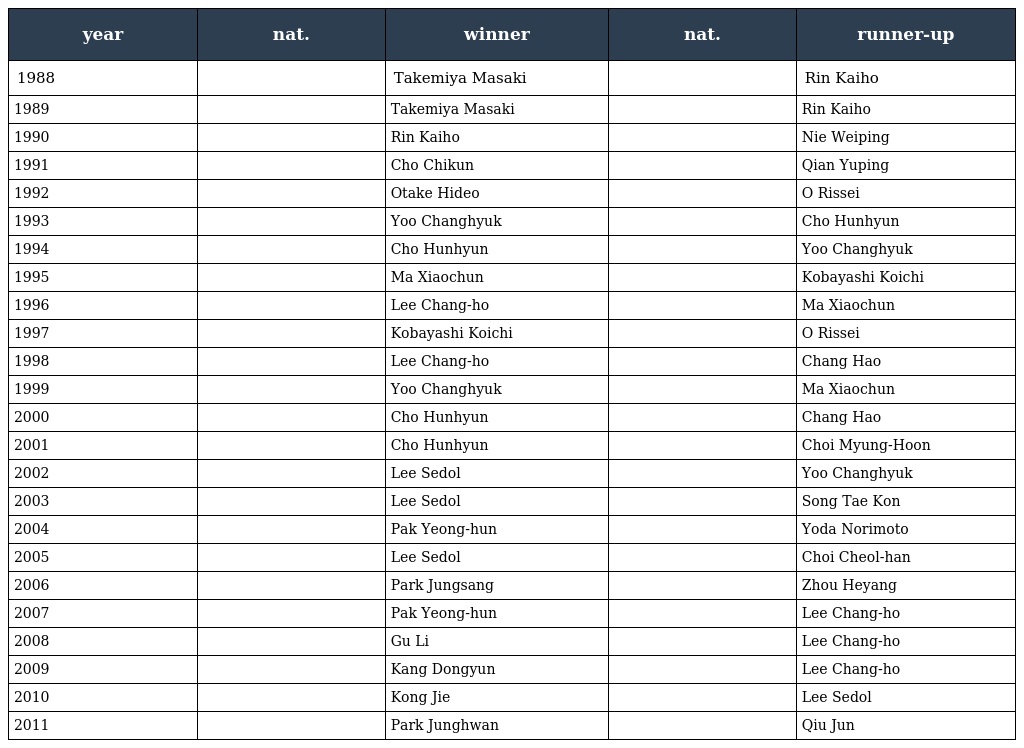
| year | nat. | winner | nat. | runner-up |
 | --- | --- | --- | --- | --- |
 | 1988 |  | Takemiya Masaki |  | Rin Kaiho |
 | 1989 |  | Takemiya Masaki |  | Rin Kaiho |
 | 1990 |  | Rin Kaiho |  | Nie Weiping |
 | 1991 |  | Cho Chikun |  | Qian Yuping |
 | 1992 |  | Otake Hideo |  | O Rissei |
 | 1993 |  | Yoo Changhyuk |  | Cho Hunhyun |
 | 1994 |  | Cho Hunhyun |  | Yoo Changhyuk |
 | 1995 |  | Ma Xiaochun |  | Kobayashi Koichi |
 | 1996 |  | Lee Chang-ho |  | Ma Xiaochun |
 | 1997 |  | Kobayashi Koichi |  | O Rissei |
 | 1998 |  | Lee Chang-ho |  | Chang Hao |
 | 1999 |  | Yoo Changhyuk |  | Ma Xiaochun |
 | 2000 |  | Cho Hunhyun |  | Chang Hao |
 | 2001 |  | Cho Hunhyun |  | Choi Myung-Hoon |
 | 2002 |  | Lee Sedol |  | Yoo Changhyuk |
 | 2003 |  | Lee Sedol |  | Song Tae Kon |
 | 2004 |  | Pak Yeong-hun |  | Yoda Norimoto |
 | 2005 |  | Lee Sedol |  | Choi Cheol-han |
 | 2006 |  | Park Jungsang |  | Zhou Heyang |
 | 2007 |  | Pak Yeong-hun |  | Lee Chang-ho |
 | 2008 |  | Gu Li |  | Lee Chang-ho |
 | 2009 |  | Kang Dongyun |  | Lee Chang-ho |
 | 2010 |  | Kong Jie |  | Lee Sedol |
 | 2011 |  | Park Junghwan |  | Qiu Jun |